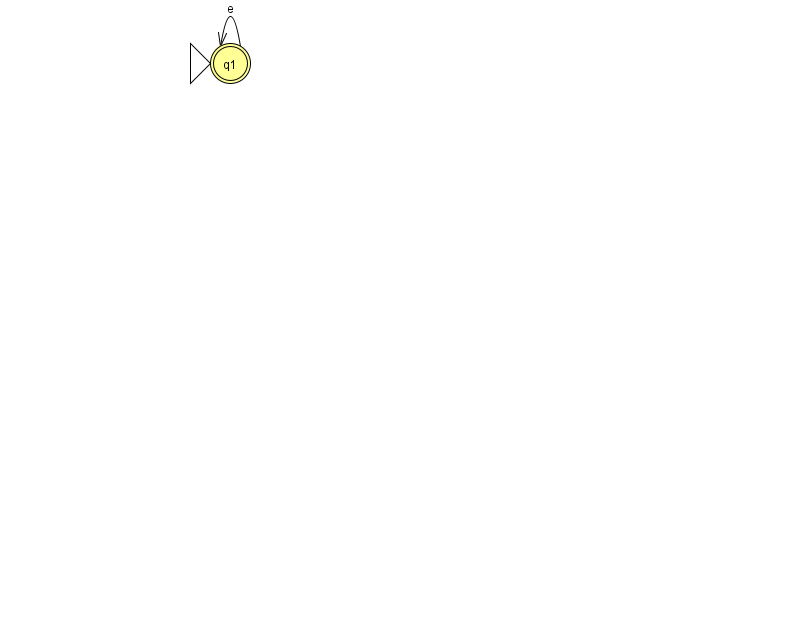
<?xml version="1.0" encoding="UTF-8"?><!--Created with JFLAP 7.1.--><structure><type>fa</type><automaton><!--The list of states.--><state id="1" name="q1"><x>230.0</x><y>50.0</y><initial/><final/></state><!--The list of transitions.--><transition><from>1</from><to>1</to><read>e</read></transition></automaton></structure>